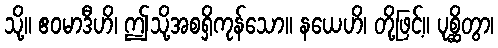
သို့။ ဧဝမာဒီဟိ၊ ဤသို့အစရှိကုန်သော။ နယေဟိ၊ တို့ဖြင့်။ ပုစ္ဆိတွာ၊